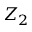
Z _ { 2 }